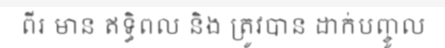
ពីរ មាន ឥទ្ធិពល និង ត្រូវបាន ដាក់បញ្ចូល